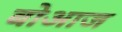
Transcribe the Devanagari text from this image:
बोआज